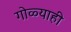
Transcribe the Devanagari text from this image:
गोळ्याही